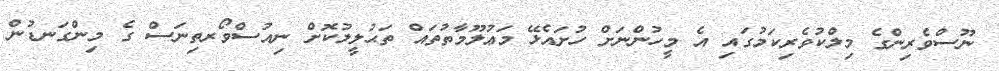
ނޫސްވެރިންގެ މިލްކުވެރިކަމުގައި އެ މީހުންނަށް ހުށައެޅޭ މަޢުލޫމާތުތައް ތަޙުލީލުކޮށް ނިއުސްވޯރތިނަސް ގެ މިންގަނޑުން